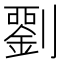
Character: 𭄘